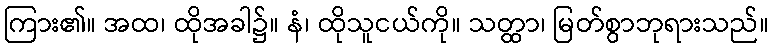
ကြား၏။ အထ၊ ထိုအခါ၌။ နံ၊ ထိုသူငယ်ကို။ သတ္ထာ၊ မြတ်စွာဘုရားသည်။